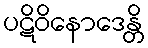
ပဋိဝိနောဒေန္တိ